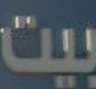
بيت